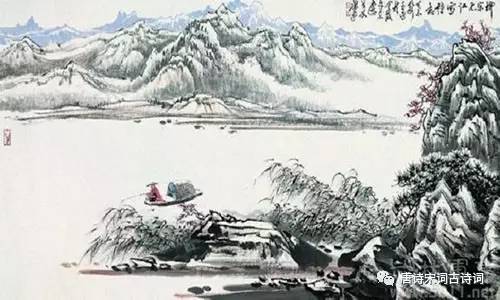
江上晚来堪画处，钓鱼人一蓑归去。